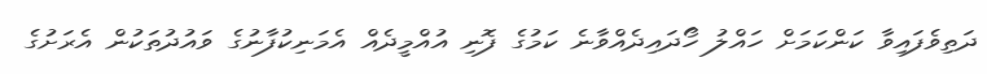
ދަތިވެފައިވާ ކަންކަމަށް ހައްލު ހޯދައިދެއްވާނެ ކަމުގެ ފޮނި އުއްމީދެއް އެމަނިކުފާނުގެ ވައުދުތަކުން އެރަށުގެ